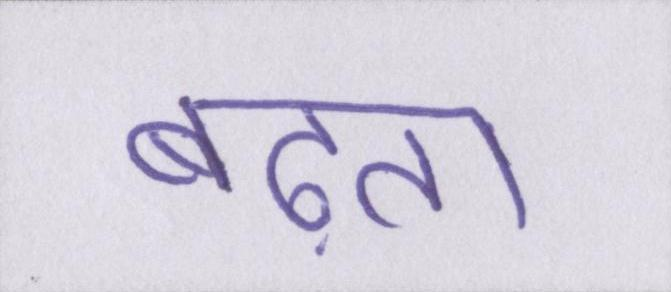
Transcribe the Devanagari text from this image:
बढ़ता